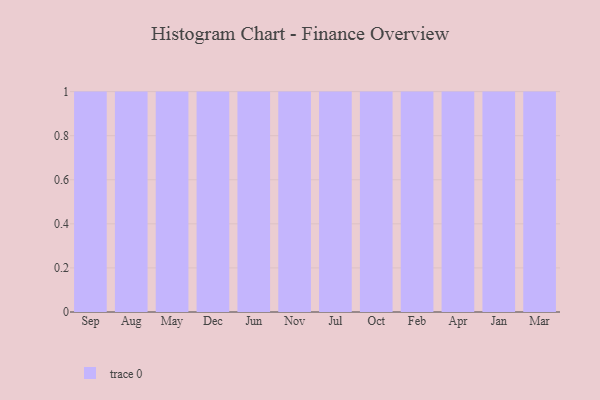
{"axis": {"x": "Month", "y": "Revenue (USD Million)"}, "legend": [""], "data": [{"x": "Sep", "y": 38, "type": ""}, {"x": "Aug", "y": 74, "type": ""}, {"x": "May", "y": 30, "type": ""}, {"x": "Dec", "y": 77, "type": ""}, {"x": "Jun", "y": 62, "type": ""}, {"x": "Nov", "y": 62, "type": ""}, {"x": "Jul", "y": 55, "type": ""}, {"x": "Oct", "y": 70, "type": ""}, {"x": "Feb", "y": 87, "type": ""}, {"x": "Apr", "y": 33, "type": ""}, {"x": "Jan", "y": 30, "type": ""}, {"x": "Mar", "y": 35, "type": ""}]}